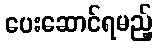
ပေးဆောင်ရမည့်